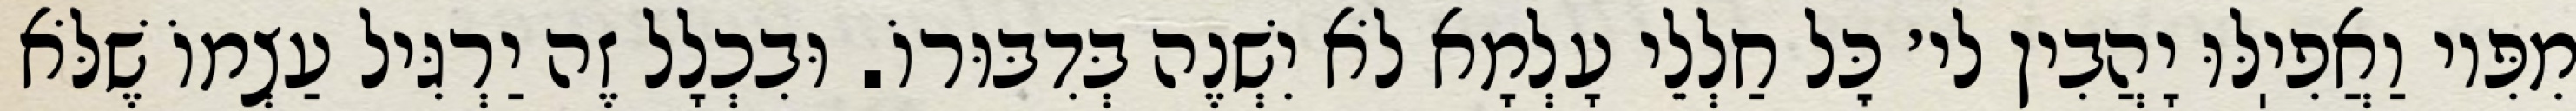
מִפִּיו וַאֲפִיֽלּוּ יָהֲבִין לי׳ כׇּל חַלְלֵי עָלְמָא לֹא יִשְׁנֶה בְּדִבּוּרוֹ. וּבִכְלָל זֶה יַרְגִּיל עַצְמוֹ שֶׁלֹּא